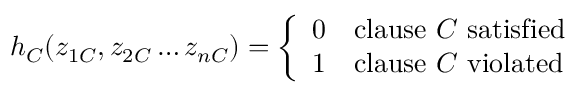
h _ { C } ( z _ { 1 C } , z _ { 2 C } \dots z _ { n C } ) = { \left\{ \begin{array} { l l } { 0 } & { { \mathrm { c l a u s e ~ } } C { \mathrm { ~ s a t i s f i e d } } } \\ { 1 } & { { \mathrm { c l a u s e ~ } } C { \mathrm { ~ v i o l a t e d } } } \end{array} \right. }